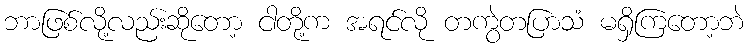
ဘာဖြစ်လို့လည်းဆိုတော့ ငါတို့က အရင်လို တကွဲတပြာသံ မရှိကြတော့ဘဲ